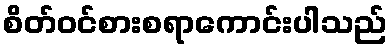
စိတ်ဝင်စားစရာကောင်းပါသည်